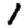
Digit: 1